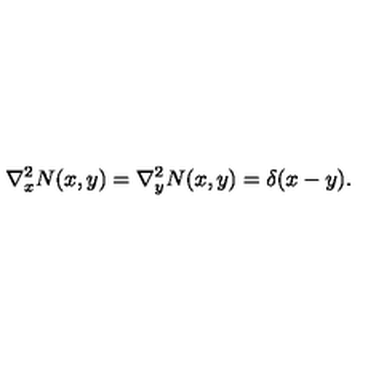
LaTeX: \nabla _ { x } ^ { 2 } N ( x , y ) = \nabla _ { y } ^ { 2 } N ( x , y ) = \delta ( x - y ) .